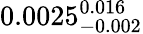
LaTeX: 0.0025_{-0.002}^{0.016}